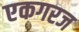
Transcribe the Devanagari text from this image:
एकगरज